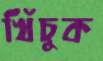
খিঁচুক